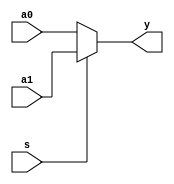
`timescale 1ns / 1ps
//////////////////////////////////////////////////////////////////////////////////
// Company: 
// Engineer: 
// 
// Design Name: 
// Module Name: mux2x5
// Project Name: 
// Target Devices: 
// Tool Versions: 
// Description: 
// 
// Dependencies: 
// 
// Revision:
// Revision 0.01 - File Created
// Additional Comments:
// 
//////////////////////////////////////////////////////////////////////////////////


module mux2x5(a0,a1,s,y);
    input [4:0] a0,a1;
    input s;
    output [4:0] y;
    assign y = s? a1 : a0;
endmodule